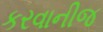
કરવાનીજ